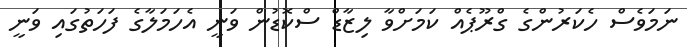
ނަމަވެސް ހެކަރުންގެ ގްރޫޕެއް ކަމަށްވާ ލިޒާޑް ސްކޮޑުން ވަނީ އެހަމަލާގެ ފަހަތުގައި ވަނީ